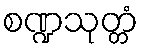
စဏ္ဍသုတ္တံ